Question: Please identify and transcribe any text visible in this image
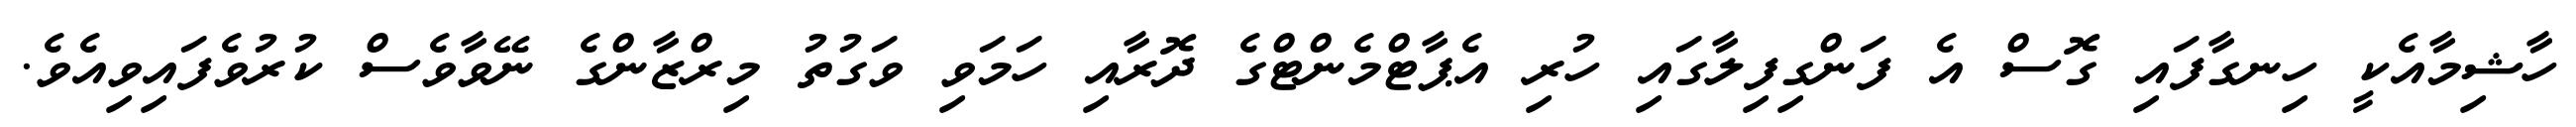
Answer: ހާޝިމާއެކީ ހިނގާފައި ގޮސް އެ ފަންގިފިލާގައި ހުރި އެޕާޓްމެންޓްގެ ދޮރާއި ހަމަވި ވަގުތު މިރްޒާންގެ ނޭވާވެސް ކުރުވެފައިވިއެވެ.